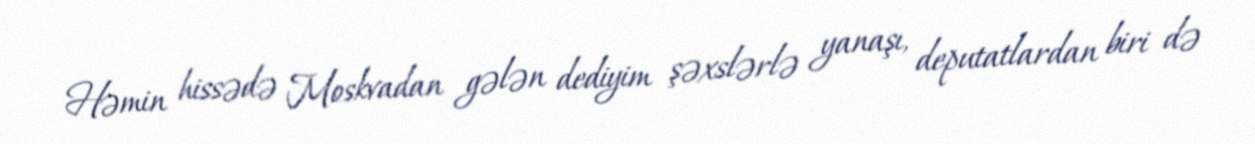
Həmin hissədə Moskvadan gələn dediyim şəxslərlə yanaşı, deputatlardan biri də